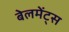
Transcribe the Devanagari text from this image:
बेलमेंट्स